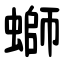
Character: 螄